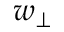
w _ { \perp }